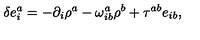
\delta e _ { i } ^ { a } = - \partial _ { i } \rho ^ { a } - \omega _ { i b } ^ { a } \rho ^ { b } + \tau ^ { a b } e _ { i b } ,